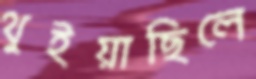
থুইয়াছিলে